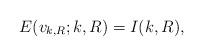
LaTeX: \begin{align*}E(v_{k,R};k,R) = I(k,R),\end{align*}